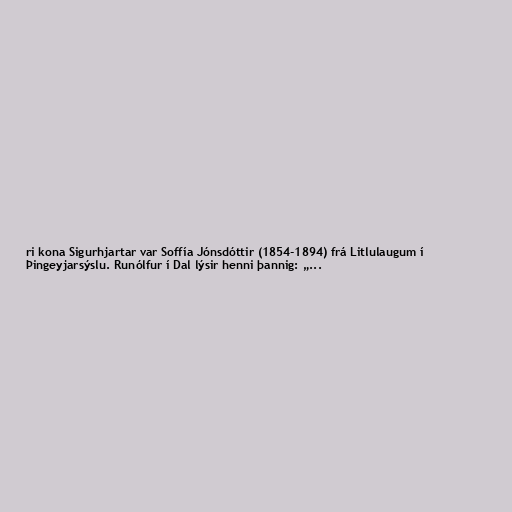
ri kona Sigurhjartar var Soffía Jónsdóttir (1854-1894) frá Litlulaugum í
Þingeyjarsýslu. Runólfur í Dal lýsir henni þannig: „...